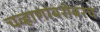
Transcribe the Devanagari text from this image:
चव्हाणांबरोबरच